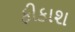
ફીકાશ